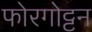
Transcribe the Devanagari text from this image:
फोरगोट्टन